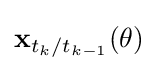
\mathbf {x} _{t_{k}/t_{k-1}}(\theta )